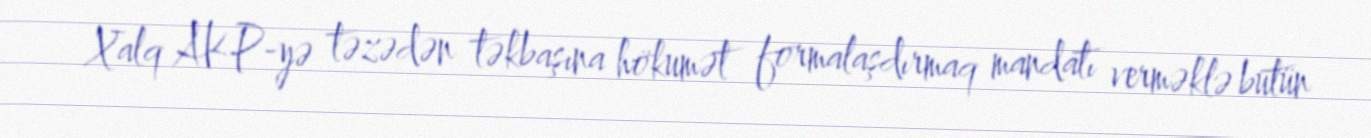
Xalq AKP-yə təzədən təkbaşına hökumət formalaşdırmaq mandatı verməklə bütün